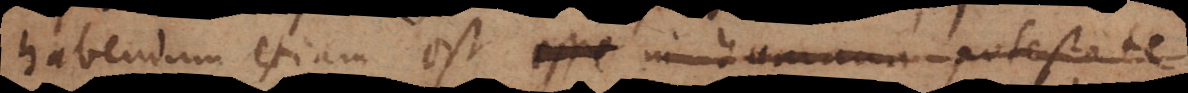
habendum etiam est esse in humana potestate